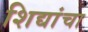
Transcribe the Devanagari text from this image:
शिद्यांचा